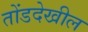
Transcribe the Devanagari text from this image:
तोंडदेखील